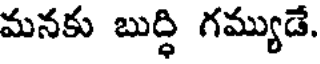
మనకు బుర్ధి గమ్యుడే.